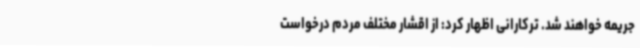
جریمه خواهند شد. ترکارانی اظهار کرد: از اقشار مختلف مردم درخواست